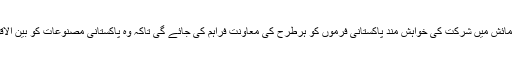
ٹریڈ ڈویلپمنٹ اتھارٹی آف پاکستان کے مطابق اس صنعتی و تجارتی نمائش میں شرکت کی خواہش مند پاکستانی فرموں کو ہرطرح کی معاونت فراہم کی جائے گی تاکہ وہ پاکستانی مصنوعات کو بین الاقوامی خریداروں تک کم سے کم اخراجات کے ساتھ روشناس کراسکیں۔